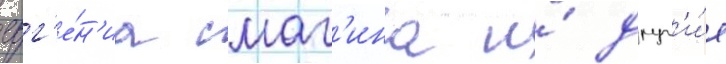
евг'е́н'иа смаг'ина и́ друг'и́е